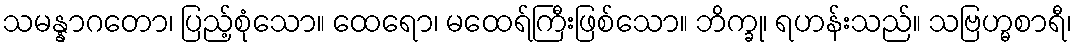
သမန္နာဂတော၊ ပြည့်စုံသော။ ထေရော၊ မထေရ်ကြီးဖြစ်သော။ ဘိက္ခု၊ ရဟန်းသည်။ သဗြဟ္မစာရီ၊